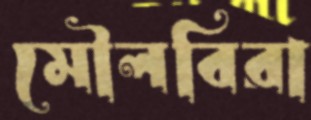
মৌলবিরা